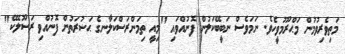
މަތިވެރިވުމުން މަޙްރޫމުވީހެވެ. ނަމަވެސް ނަބީބޭކަލުން ފޮނުއްވައި "މިއީ ތިމަންރަސްކަލާނގެ ޙަޟުރަތުން ފޮނުއްވި ރަސޫލެކޭ"